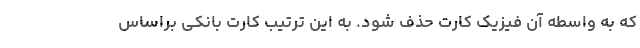
که به واسطه آن فیزیک کارت حذف شود. به این ترتیب کارت بانکی براساس